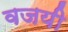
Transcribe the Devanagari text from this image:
वजयी